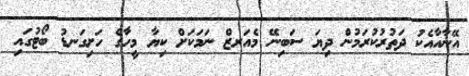
އޭނާއާއެކު ދަތުރުކުރަމުން ދިޔަ ސަބިނޭ މެއަރޒް ނަމަކަށް ކިޔާ މީހާގެ ހަށިގަނޑު ބޯޓުގައި